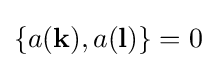
\{a(\mathbf {k} ),a(\mathbf {l} )\}=0